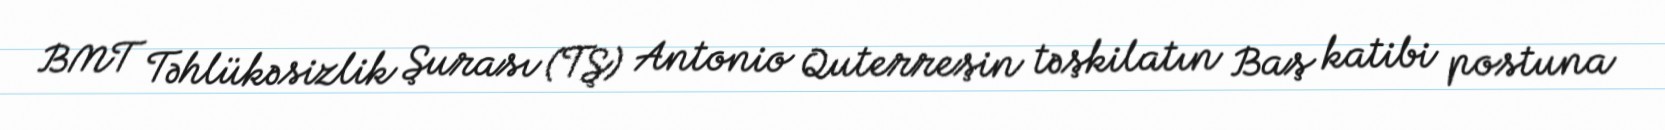
BMT Təhlükəsizlik Şurası (TŞ) Antonio Quterreşin təşkilatın Baş katibi postuna